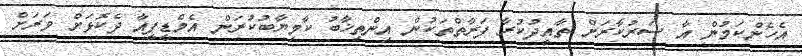
އެހެންކަމުން އާ ސަރުކާރަށް ތާއީދުކުރާ ފަރާތްތަކުން އިންތިޚާބު ކާމިޔާބުކުރަން އެމްޑީޕީއާ ދެކޮޅަށް ވަރަށް